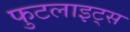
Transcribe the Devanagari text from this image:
फुटलाइट्स